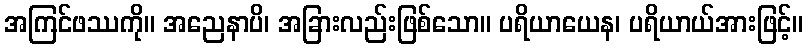
အကြင်ဖဿကို။ အညေနာပိ၊ အခြားလည်းဖြစ်သော။ ပရိယာယေန၊ ပရိယာယ်အားဖြင့်။